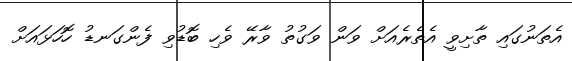
އެތަނުގައި ތާށިވީ އެތެރެއަށް ވަން ވަގުތު ވާރޭ ވެހި ބޮޑުވި ފެންގަނޑު ހޮހަޅައަށް